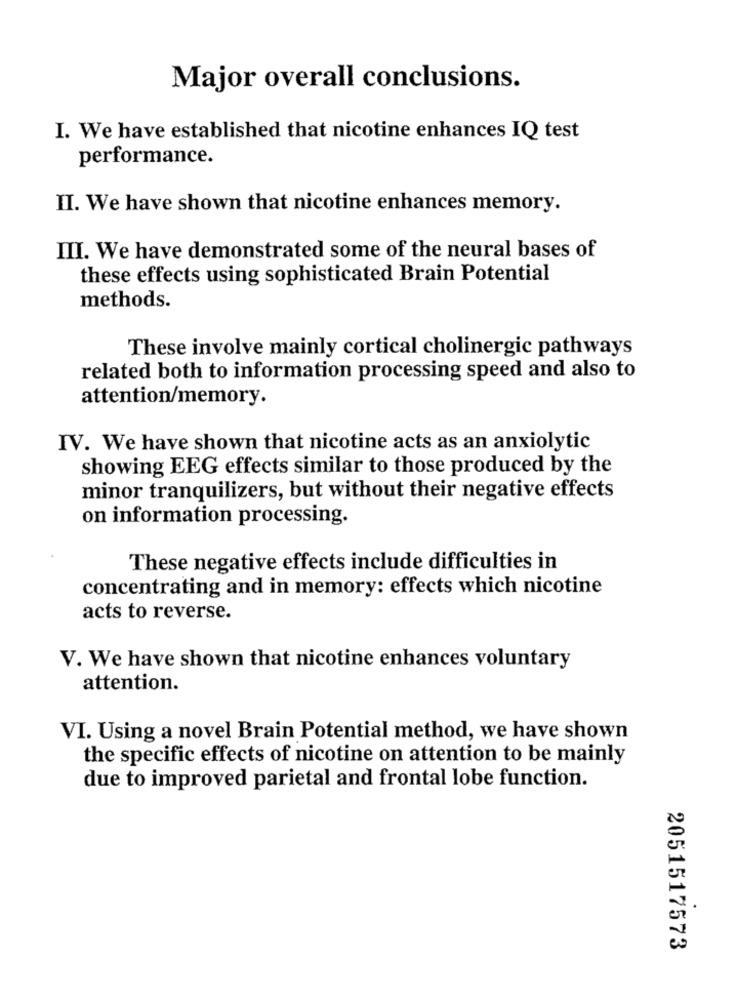
Major overall conclusions.
I. We have established that nicotine enhances IQ test
performance.
II. We have shown that nicotine enhances memory.
III. We have demonstrated some of the neural bases of
these effects using sophisticated Brain Potential
methods.
These involve mainly cortical cholinergic pathways
related both to information processing speed and also to
attention/memory.
IV. We have shown that nicotine acts as an anxiolytic
showing EEG effects similar to those produced by the
minor tranquilizers, but without their negative effects
on information processing.
These negative effects include difficulties in
concentrating and in memory: effects which nicotine
acts to reverse.
V. We have shown that nicotine enhances voluntary
attention.
VI. Using a novel Brain Potential method, we have shown
the specific effects of nicotine on attention to be mainly
due to improved parietal and frontal lobe function.
2051517573